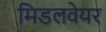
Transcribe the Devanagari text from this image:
मिडलवेयर